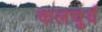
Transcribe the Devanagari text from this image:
कलचुर्य